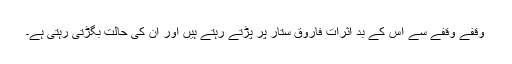
وقفے وقفے سے اس کے بد اثرات فاروق ستار پر پڑتے رہتے ہیں اور ان کی حالت بگڑتی رہتی ہے۔